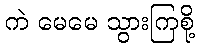
ကဲ မေမေ သွားကြစို့